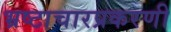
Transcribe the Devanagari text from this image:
भ्रष्टाचारप्रकरणी